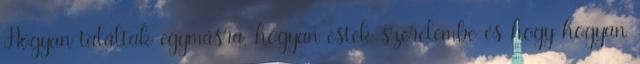
Hogyan találtak egymásra, hogyan estek szerelembe és hogy hogyan